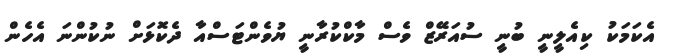
އެކަމަކު ކިއެލީނީ ބުނީ ސުއަރޭޒް ވެސް މާކްކުރާނީ ޔުވެންޓަސްއާ ދެކޮޅަށް ނުކުންނަ އެހެން